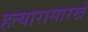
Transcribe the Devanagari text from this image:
हत्यारासारखे